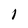
Character: 1